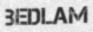
BEDLAM